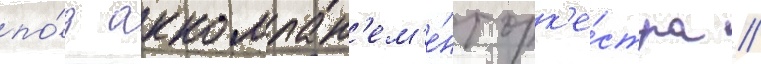
по́д аккомпан'ем'е́нт орк'е́стра /